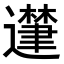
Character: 𮟘